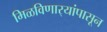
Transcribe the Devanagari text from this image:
मिळविणार्‍यांपासून